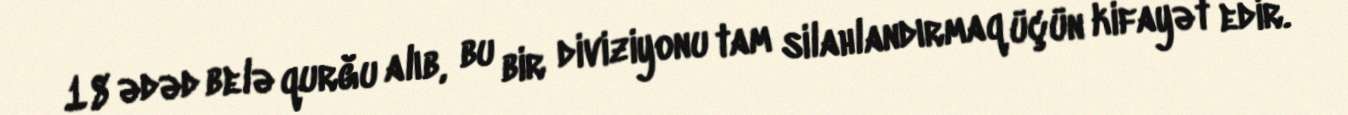
18 ədəd belə qurğu alıb, bu bir diviziyonu tam silahlandırmaq üçün kifayət edir.